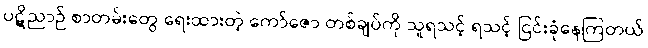
ပဋိညာဉ် စာတမ်းတွေ ရေးထားတဲ့ ကော်ဇော တစ်ချပ်ကို သူရသင့် ရသင့် ငြင်းခုံနေကြတယ်